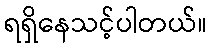
ရရှိနေသင့်ပါတယ်။